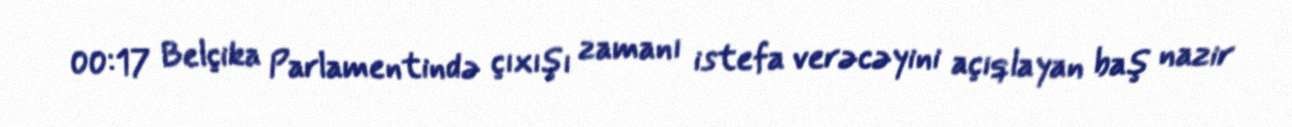
00:17 Belçika Parlamentində çıxışı zamanı istefa verəcəyini açıqlayan baş nazir